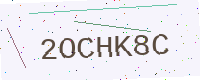
Text: 2OCHK8C